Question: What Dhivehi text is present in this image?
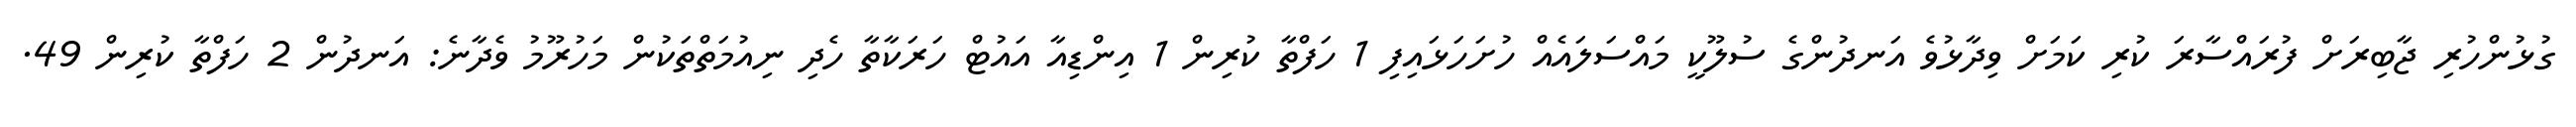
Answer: ގުޅުންހުރި ޖާބިރަށް ފުރައްސާރަ ކުރި ކަމަށް ވިދާޅުވެ އަނދުންގެ ސުލޫކީ މައްސަލައެއް ހުށަހަޅައިފި 1 ހަފްތާ ކުރިން 1 އިންޑިއާ އައުޓް ހަރަކާތާ ހެދި ނިއުމަތްތަކުން މަހުރޫމު ވެދާނެ: އަނދުން 2 ހަފްތާ ކުރިން 49.